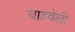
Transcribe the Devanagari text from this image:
चाहवेली